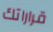
قراراتك